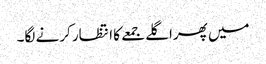
میں پھراگلے جمعے کا انتظار کرنے لگا۔